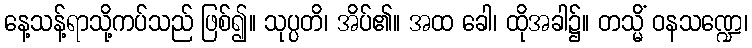
နေ့သန့်ရာသို့ကပ်သည် ဖြစ်၍။ သုပ္ပတိ၊ အိပ်၏။ အထ ခေါ၊ ထိုအခါ၌။ တသ္မိံ ဝနသဏ္ဍေ၊